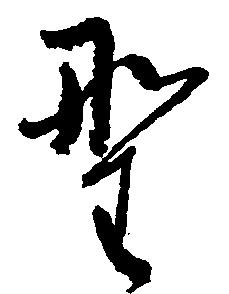
野